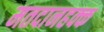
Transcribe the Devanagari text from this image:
मतदानहक्क